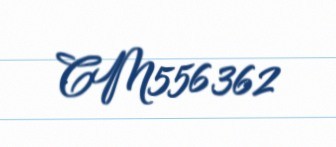
CM556362